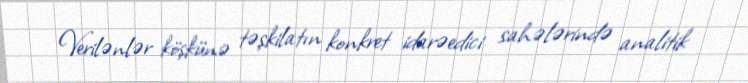
Verilənlər köşkünə təşkilatın konkret idarəedici sahələrində analitik